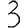
Digit: 3